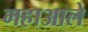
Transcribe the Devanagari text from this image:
महाआले